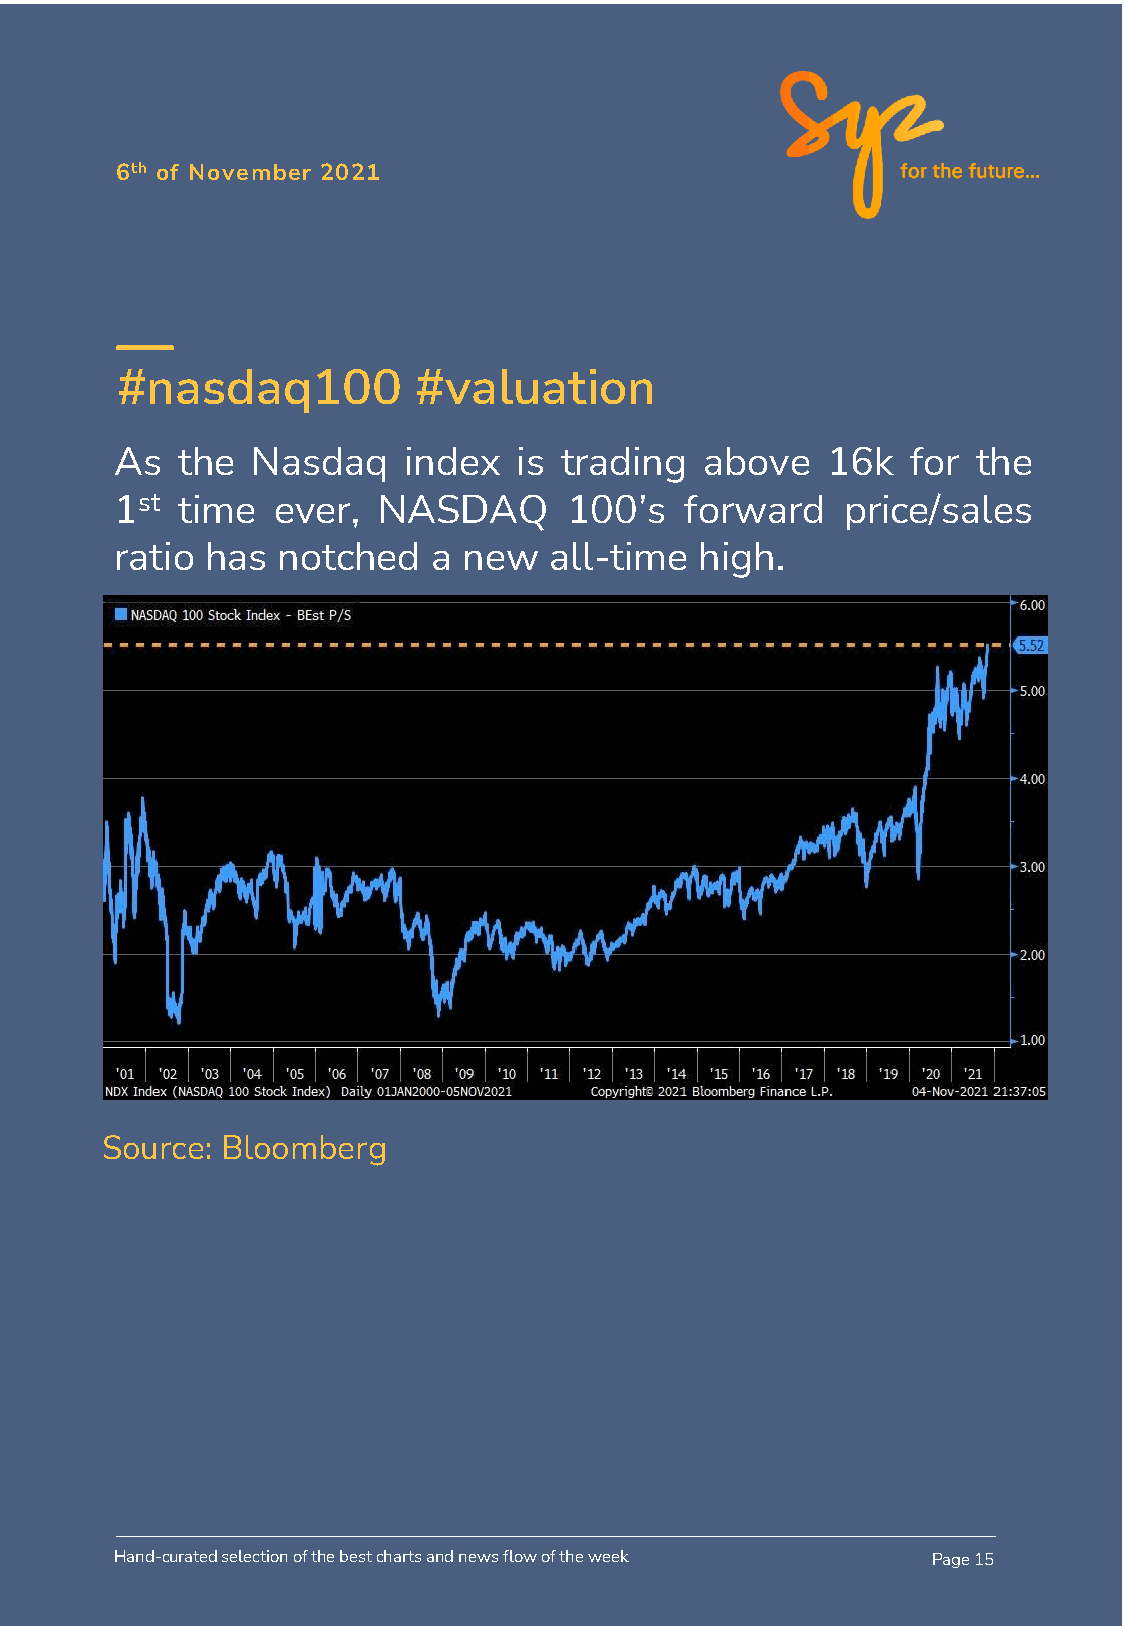
6th of November 2021
 #nasdaq100         #valuation
 As  the  Nasdaq    index  is trading   above   16k  for  the
 1st time  ever,  NASDAQ       100’s  forward    price/sales
 ratio has notched    a new  all-time  high.
 Source: Bloomberg
 Hand-curated selection of the best charts and news flow of the week Page 15